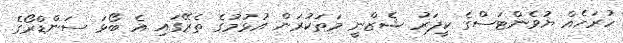
ހުރަހެއް ޔުވެންޓަސްގެ ކީޕަރު ޝެޒްނީ މަތަކުރަން އުޅުމުގެ ތެރޭގައި އެ ބޯޅަ ސަންޑްރޯގެ